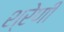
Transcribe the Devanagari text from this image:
श्रेणीं